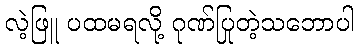
လဲ့ဖြူ ပထမရလို့ ဂုဏ်ပြုတဲ့သဘောပါ